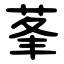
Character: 莑